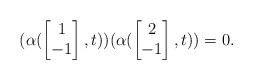
LaTeX: \begin{align*}(\alpha(\begin{bmatrix}1\\-1\end{bmatrix},t))(\alpha(\begin{bmatrix}2\\-1\end{bmatrix},t))=0.\end{align*}